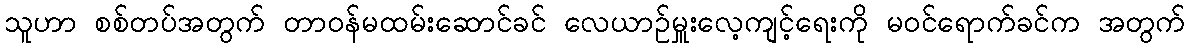
သူဟာ စစ်တပ်အတွက် တာဝန်မထမ်းဆောင်ခင် လေယာဉ်မှူးလေ့ကျင့်ရေးကို မဝင်ရောက်ခင်က အတွက်